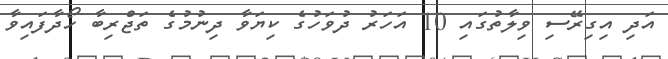
އަދި އިގިރޭސި ވިލާތުގައި 10 އަހަރު ދުވަހުގެ ކިޔަވާ ދިނުމުގެ ތަޖްރިބާ ހޯދާފައިވާ